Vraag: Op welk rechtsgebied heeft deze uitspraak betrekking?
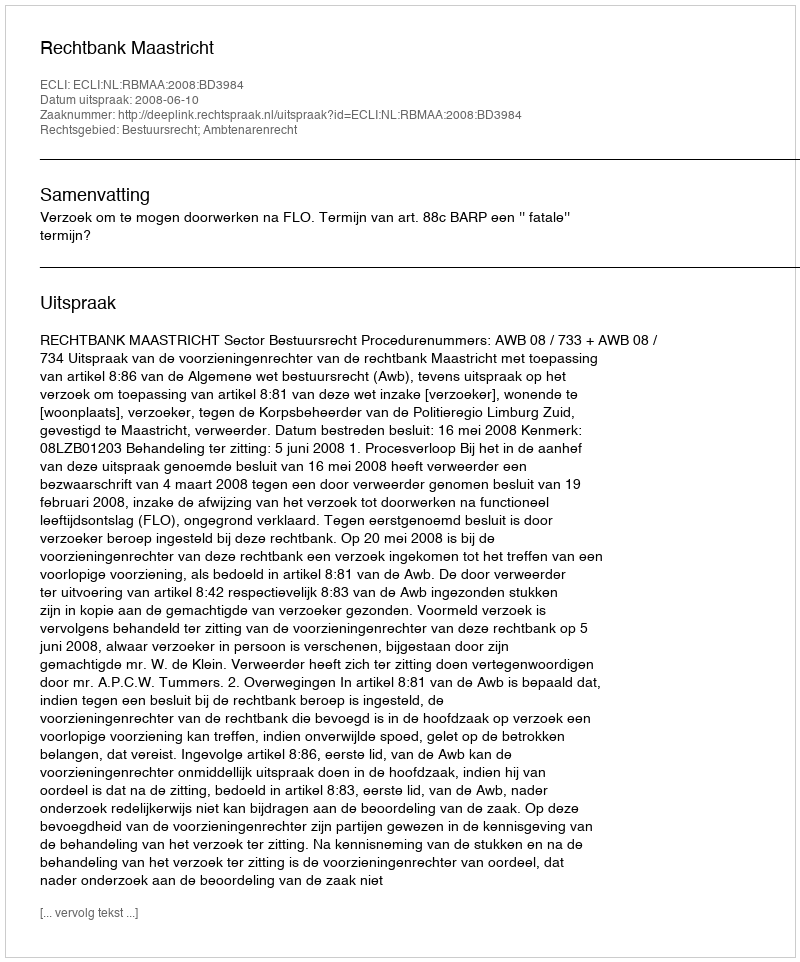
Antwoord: Bestuursrecht; Ambtenarenrecht